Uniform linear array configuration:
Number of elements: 64
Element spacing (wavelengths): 0.5
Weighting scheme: uniform
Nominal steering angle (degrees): -30
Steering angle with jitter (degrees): -29.693
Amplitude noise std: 0.05
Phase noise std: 0.05

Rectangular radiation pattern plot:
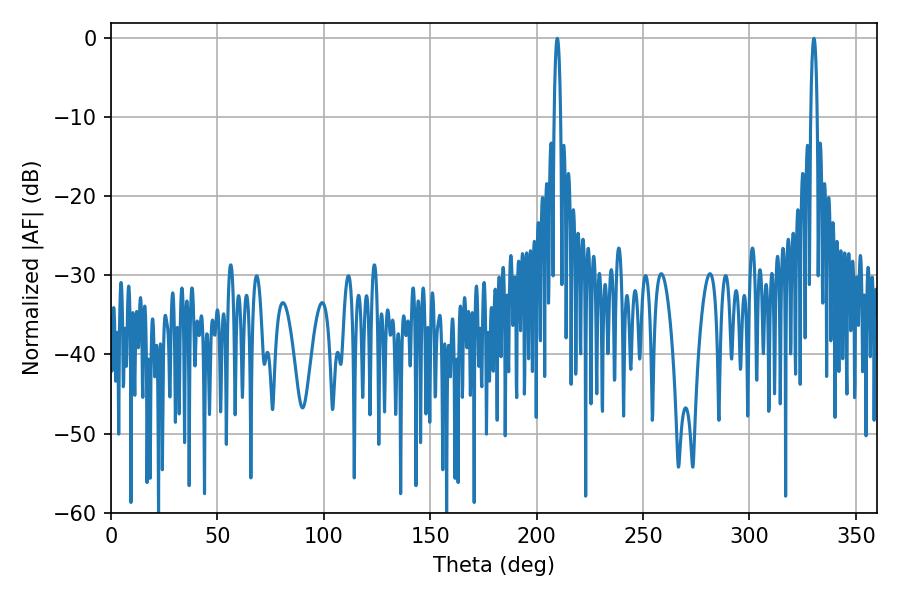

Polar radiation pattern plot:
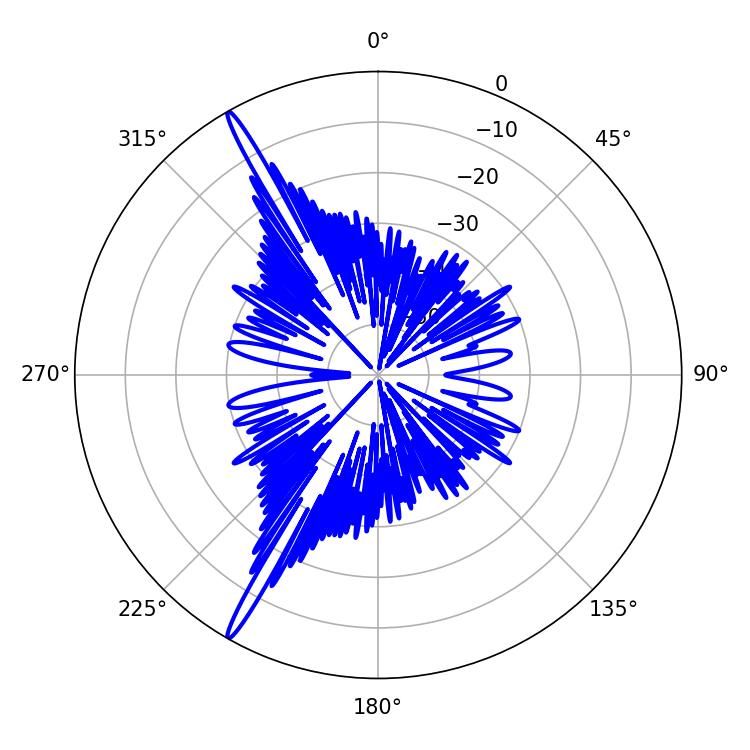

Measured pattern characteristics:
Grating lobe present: FALSE
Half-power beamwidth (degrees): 1.8
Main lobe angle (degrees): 209.7